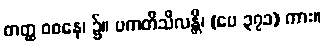
တတ္ထ ဝစနေ၊ ၌။ ပကတိသီလန္တိ၊ (ပေ ၃၇၁) ကား။